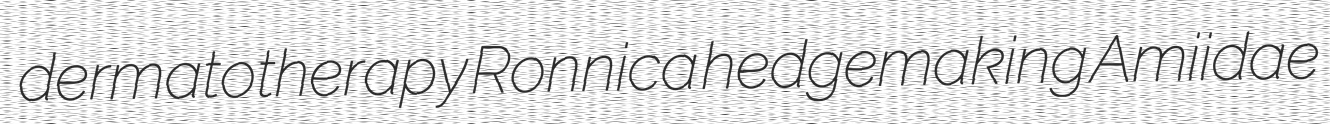
dermatotherapy Ronnica hedgemaking Amiidae